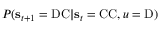
P ( \mathbf { s } _ { t + 1 } = \mathrm { D C } | \mathbf { s } _ { t } = \mathrm { C C } , u = \mathrm { D } )